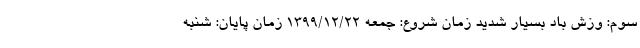
سوم: وزش باد بسیار شدید زمان شروع: جمعه ۱۳۹۹/۱۲/۲۲ زمان پایان: شنبه